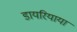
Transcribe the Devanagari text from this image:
डायरियाया